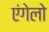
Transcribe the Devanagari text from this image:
एंगेलो